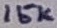
Text: 15K